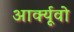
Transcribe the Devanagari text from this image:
आर्क्यूवो